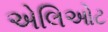
એલિઓટ